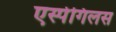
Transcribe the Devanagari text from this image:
एर्स्पेगिलस